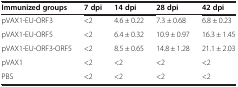
<table><thead><tr><td><b>Immunized groups</b></td><td><b>7 dpi</b></td><td><b>14 dpi</b></td><td><b>28 dpi</b></td><td><b>42 dpi</b></td></tr></thead><tbody><tr><td>pVAX1-EU-ORF3</td><td>&lt;2</td><td>4.6 ± 0.22</td><td>7.3 ± 0.68</td><td>6.8 ± 0.23</td></tr><tr><td>pVAX1-EU-ORF5</td><td>&lt;2</td><td>6.4 ± 0.32</td><td>10.9 ± 0.97</td><td>16.3 ± 1.45</td></tr><tr><td>pVAX1-EU-ORF3-ORF5</td><td>&lt;2</td><td>8.5 ± 0.65</td><td>14.8 ± 1.28</td><td>21.1 ± 2.03</td></tr><tr><td>pVAX1</td><td>&lt;2</td><td>&lt;2</td><td>&lt;2</td><td>&lt;2</td></tr><tr><td>PBS</td><td>&lt;2</td><td>&lt;2</td><td>&lt;2</td><td>&lt;2</td></tr></tbody></table>